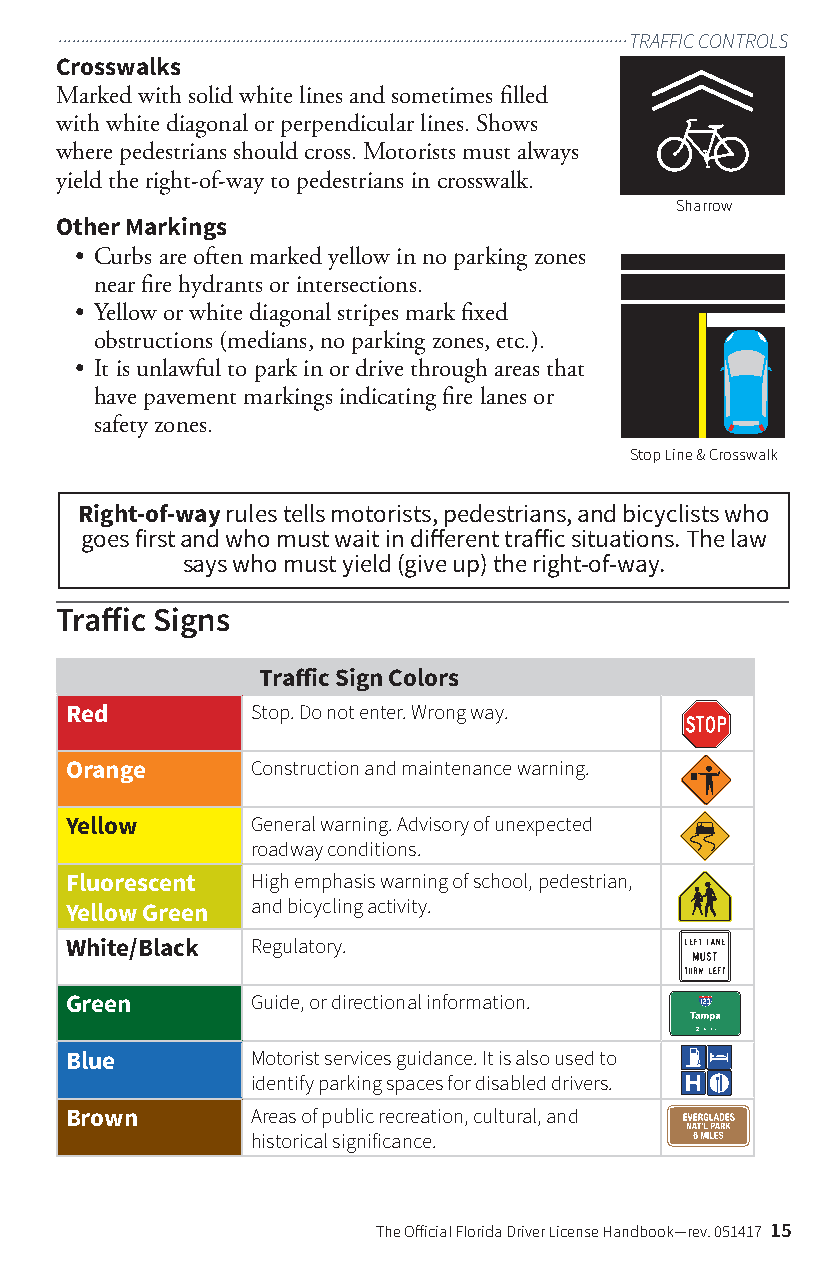
................................................................................................................................TRAFFIC CONTROLS
 Crosswalks
 Marked with solid white lines and sometimes filled
 with white diagonal or perpendicular lines. Shows
 where pedestrians should cross. Motorists must always
 yield the right-of-way to pedestrians in crosswalk.
 Sharrow
 Other Markings
 • Curbs are often marked yellow in no parking zones
 near fire hydrants or intersections.
 • Yellow or white diagonal stripes mark fixed
 obstructions (medians, no parking zones, etc.).
 • It is unlawful to park in or drive through areas that
 have pavement markings indicating fire lanes or
 safety zones.
 Stop Line & Crosswalk
 Right-of-way rules tells motorists, pedestrians, and bicyclists who
 goes first and who must wait in different traffic situations. The law
 says who must yield (give up) the right-of-way.
 Traffic Signs
 Traffic Sign Colors
 Red          Stop. Do not enter. Wrong way.
 Orange       Construction and maintenance warning.
 Yellow       General warning. Advisory of unexpected
 roadway conditions.
 Fluorescent  High emphasis warning of school, pedestrian,
 and bicycling activity.
 Yellow Green
 White/Black  Regulatory.
 Green        Guide, or directional information.
 Blue         Motorist services guidance. It is also used to
 identify parking spaces for disabled drivers.
 Brown        Areas of public recreation, cultural, and
 historical significance.
 The Official Florida Driver License Handbook—rev. 051417 15